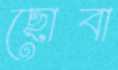
ছোবা